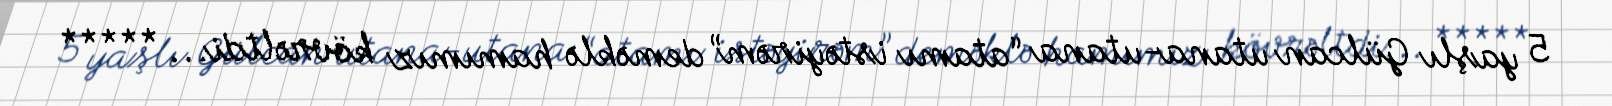
5 yaşlı Gülcan utana-utana “atamı istəyirəm” deməklə hamımız kövrəltdi... *****